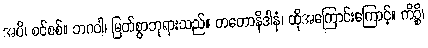
အပိ၊ စင်စစ်။ ဘဂဝါ၊ မြတ်စွာဘုရားသည်။ တတောနိဒါနံ၊ ထိုအကြောင်းကြောင့်။ ကိဉ္စိ၊